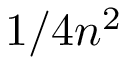
1 / 4 n ^ { 2 }